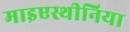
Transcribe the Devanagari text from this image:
माइएस्थीनिया